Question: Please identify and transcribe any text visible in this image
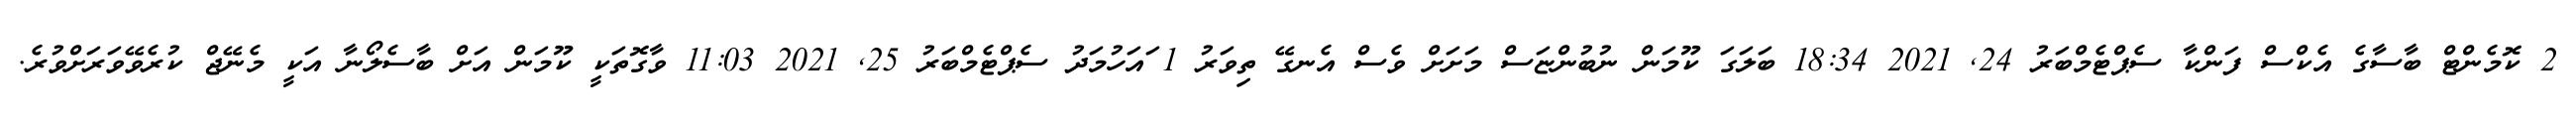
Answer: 2 ކޮމެންޓް ބާސާގެ އެކްސް ފަންކާ ސެޕްޓެމްބަރު 24, 2021 18:34 ބަލަގަ ކޫމަން ނުބުންޏަސް މަށަށް ވެސް އެނގޭ ތިވަރު 1 ައަހުމަދު ސެޕްޓެމްބަރު 25, 2021 11:03 ވާގޮތަކީ ކޫމަން އަށް ބާސެލޯނާ އަކީ މެނޭޖް ކުރެވޭވަރަށްވުރެ.